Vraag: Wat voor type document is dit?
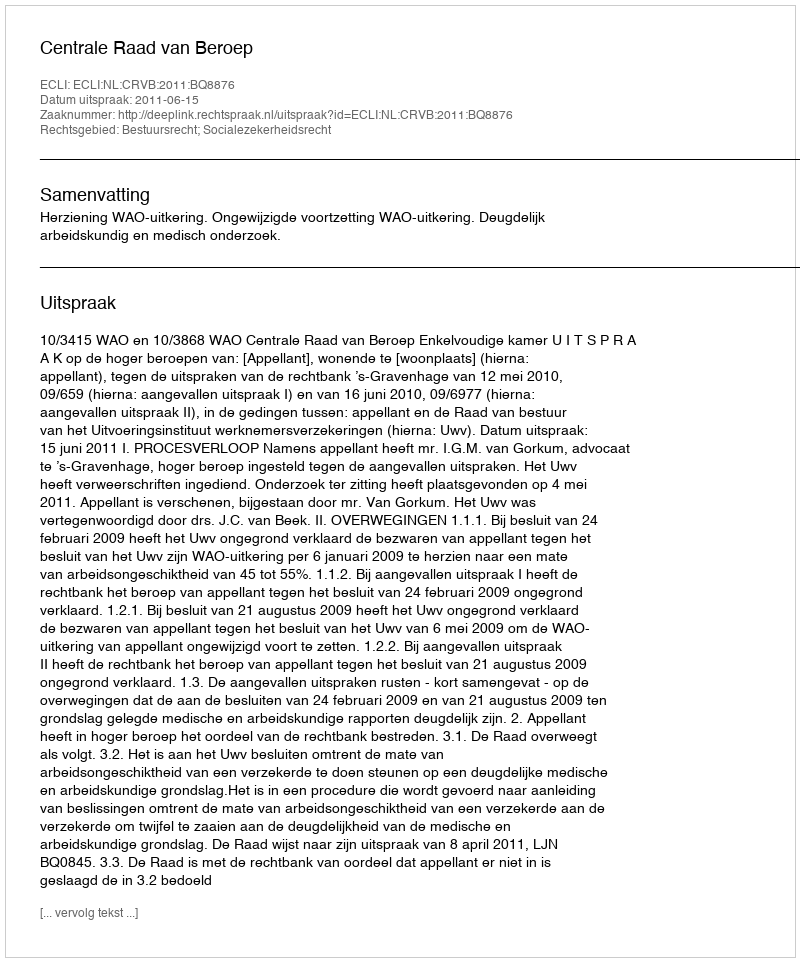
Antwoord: Uitspraak